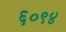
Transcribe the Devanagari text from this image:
६०९४